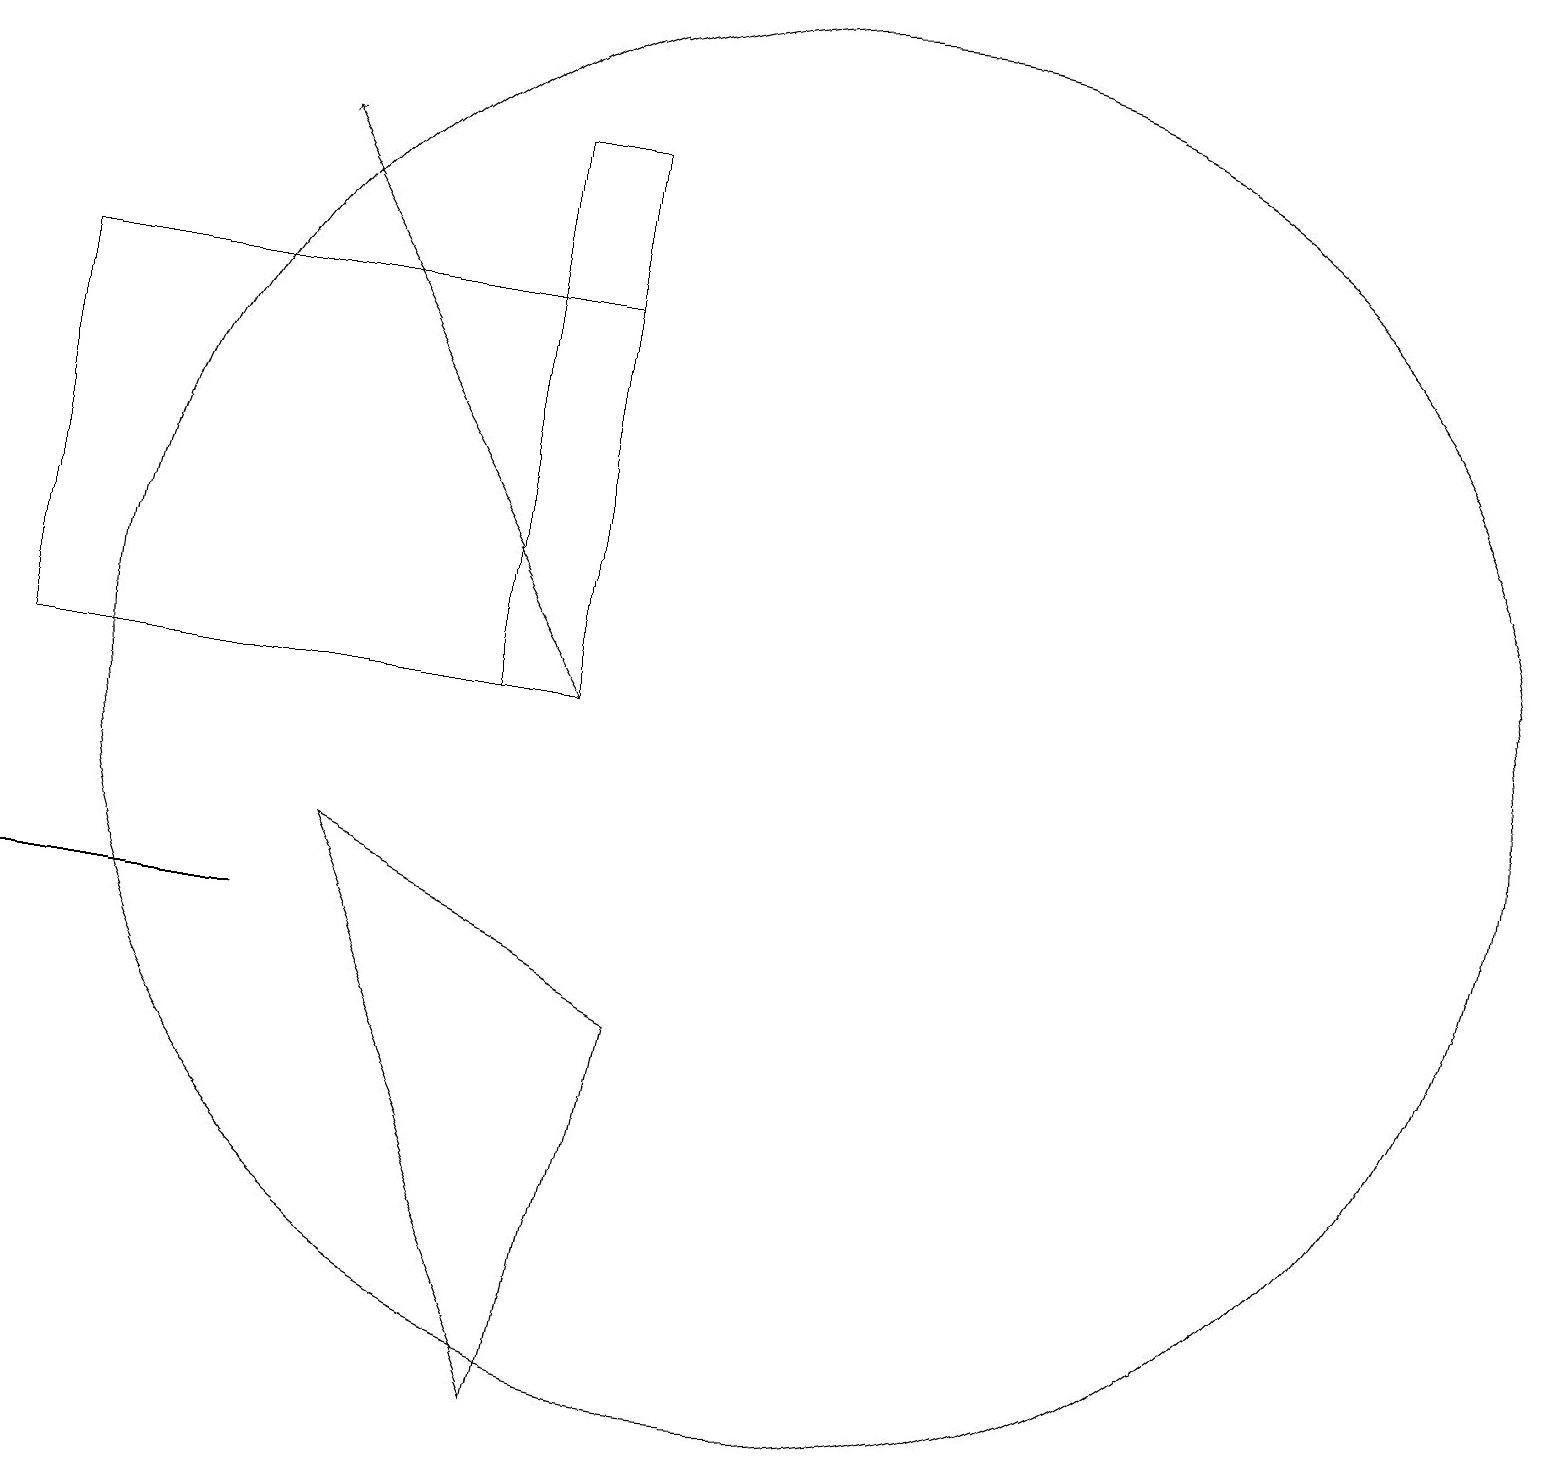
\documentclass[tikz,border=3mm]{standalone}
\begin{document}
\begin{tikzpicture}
\draw (10,10) circle (9);
\draw (7,15) rectangle (0,10);
\draw (7,1) -- (4,8) -- (8,6) -- cycle;
\draw (6,10) rectangle (7,17);
\draw[->] (7,10) -- (3,17);
\draw (3,7) -- (1,7) -- (0,7) -- cycle;
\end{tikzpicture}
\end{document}